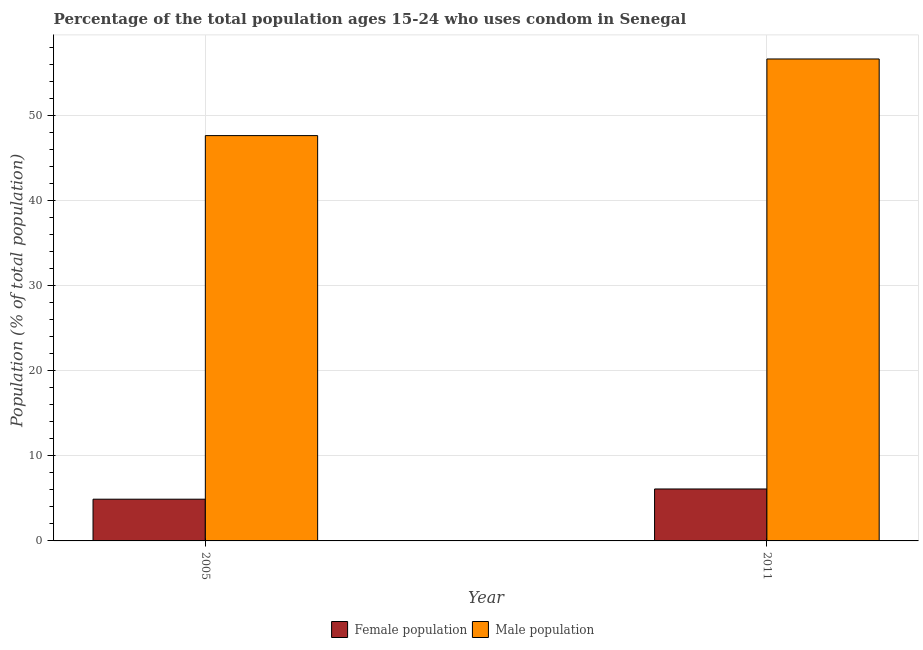
| Year | Female population | Male population |
 | --- | --- | --- |
 | 2005 | 4.9 | 47.6 |
 | 2011 | 6.1 | 56.6 |